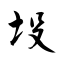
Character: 坄